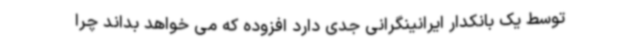
توسط یک بانکدار ایرانینگرانی جدی دارد افزوده که می خواهد بداند چرا